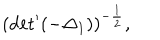
LaTeX: ( \mathrm { d e t } ^ { \prime } ( - { \Delta } _ { 1 } ) ) ^ { - \frac { 1 } { 2 } } ,